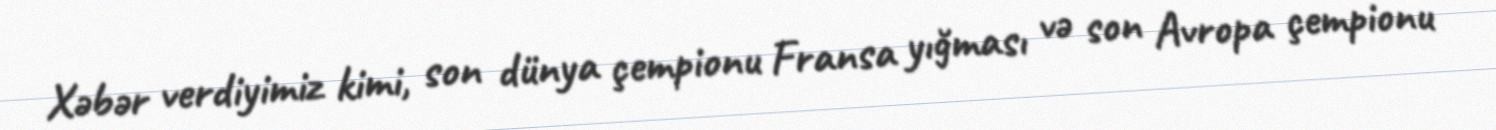
Xəbər verdiyimiz kimi, son dünya çempionu Fransa yığması və son Avropa çempionu